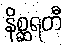
နိစ္ဆရတီ